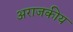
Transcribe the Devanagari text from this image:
अराजकीय